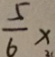
\frac { 5 } { 6 } x